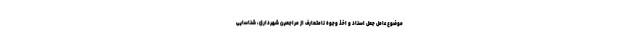
موضوع عامل جعل اسناد و اخذ وجوه نامتعارف از مراجعین شهرداری، شناسایی